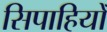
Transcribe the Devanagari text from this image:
सिपाहियोँ